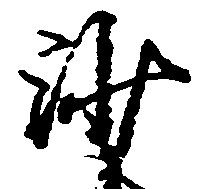
沙